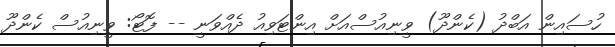
ހުސައިން އަބްދު (ކެންދޫ) ވީނިއުސްއަށް އިންޓަވިއު ދެއްވަނީ -- ފޮޓޯ: ވީނިއުސް ކެންދޫ